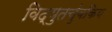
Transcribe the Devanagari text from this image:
विद्युतचुंबकिय